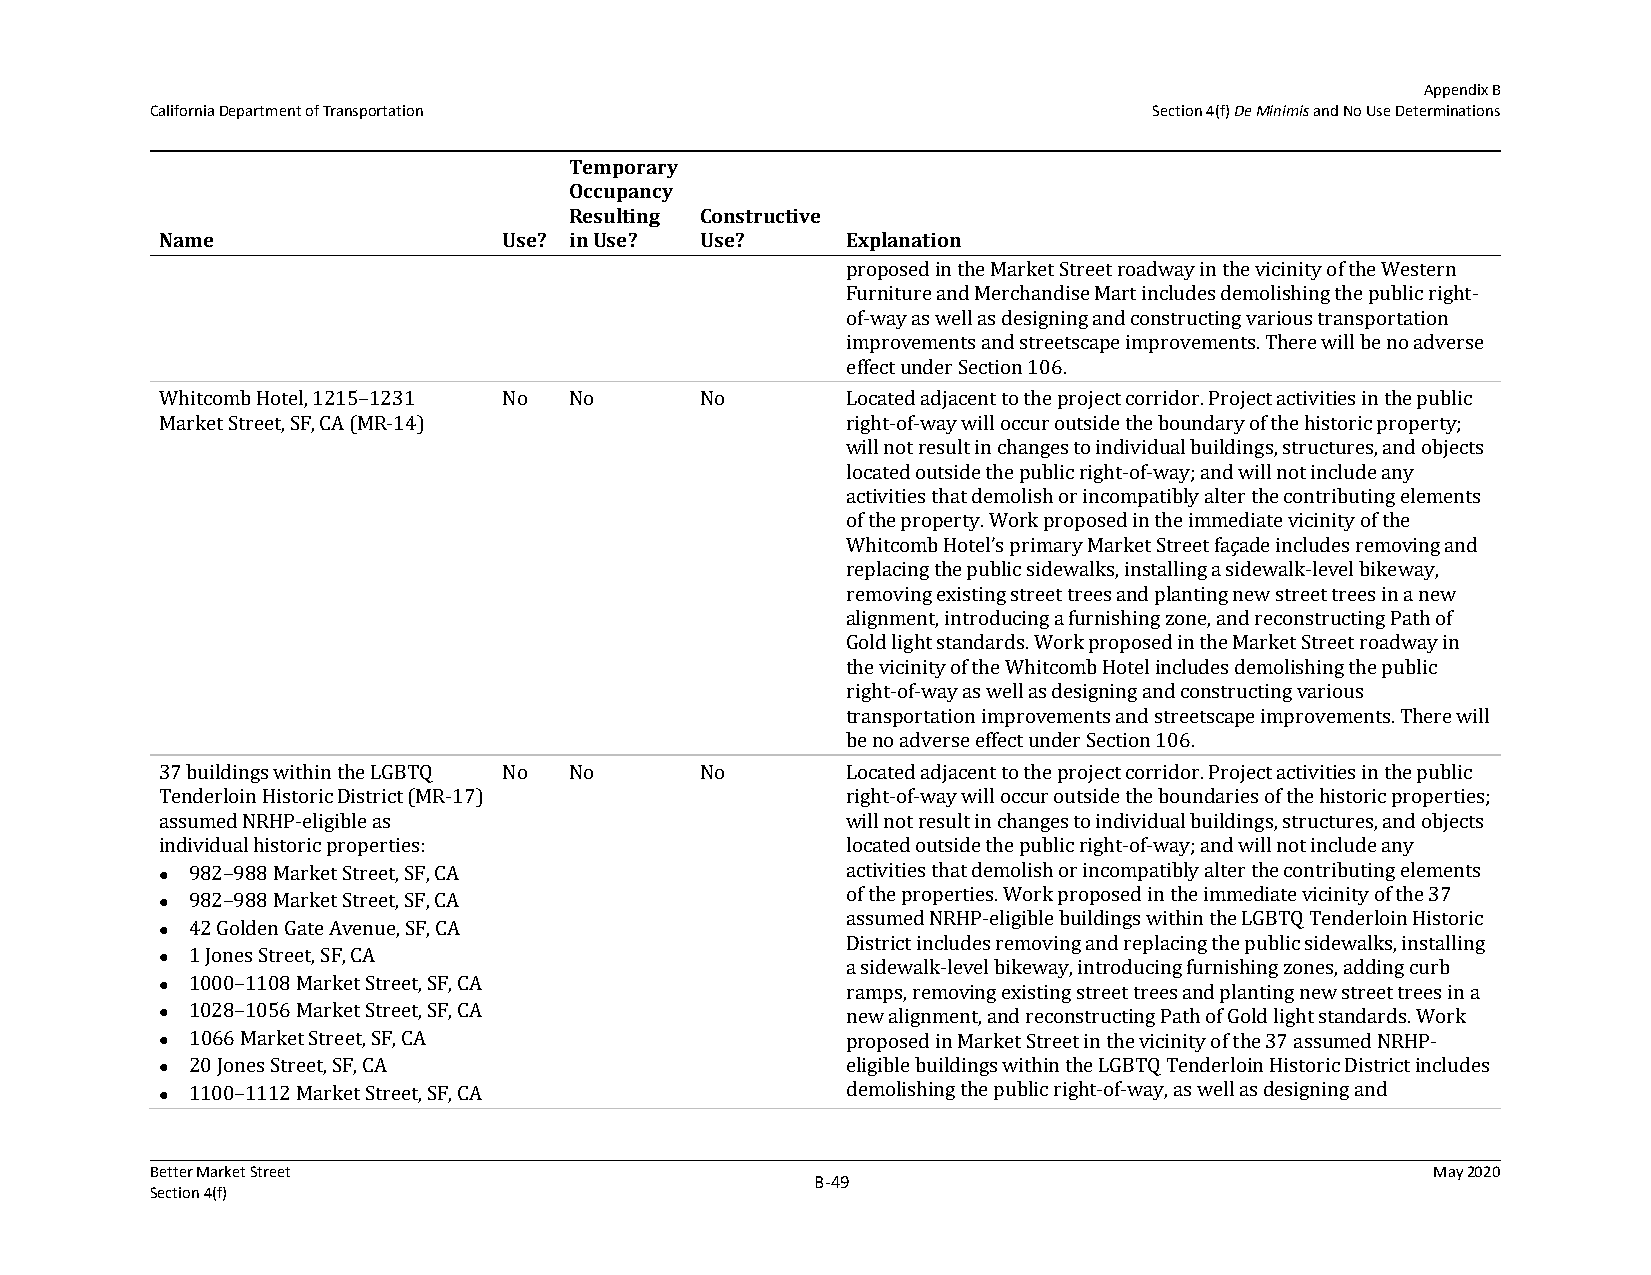
Appendix B
 California Department of Transportation                           Section 4(f) De Minimis and No Use Determinations
 Temporary
 Occupancy
 Resulting Constructive
 Name                  Use? in Use? Use?      Explanation
 proposed in the Market Street roadway in the vicinity of the Western
 Furniture and Merchandise Mart includes demolishing the public right-
 of-way as well as designing and constructing various transportation
 improvements and streetscape improvements. There will be no adverse
 effect under Section 106.
 Whitcomb Hotel, 1215–1231 No No    No        Located adjacent to the project corridor. Project activities in the public
 Market Street, SF, CA (MR-14)                right-of-way will occur outside the boundary of the historic property;
 will not result in changes to individual buildings, structures, and objects
 located outside the public right-of-way; and will not include any
 activities that demolish or incompatibly alter the contributing elements
 of the property. Work proposed in the immediate vicinity of the
 Whitcomb Hotel’s primary Market Street façade includes removing and
 replacing the public sidewalks, installing a sidewalk-level bikeway,
 removing existing street trees and planting new street trees in a new
 alignment, introducing a furnishing zone, and reconstructing Path of
 Gold light standards. Work proposed in the Market Street roadway in
 the vicinity of the Whitcomb Hotel includes demolishing the public
 right-of-way as well as designing and constructing various
 transportation improvements and streetscape improvements. There will
 be no adverse effect under Section 106.
 37 buildings within the LGBTQ No No No       Located adjacent to the project corridor. Project activities in the public
 Tenderloin Historic District (MR-17)         right-of-way will occur outside the boundaries of the historic properties;
 assumed NRHP-eligible as                     will not result in changes to individual buildings, structures, and objects
 individual historic properties:              located outside the public right-of-way; and will not include any
 982–988 Market Street, SF, CA              activities that demolish or incompatibly alter the contributing elements
 
 982–988 Market Street, SF, CA              of the properties. Work proposed in the immediate vicinity of the 37
 
 assumed NRHP-eligible buildings within the LGBTQ Tenderloin Historic
 42 Golden Gate Avenue, SF, CA
 
 District includes removing and replacing the public sidewalks, installing
 1 Jones Street, SF, CA
                                             a sidewalk-level bikeway, introducing furnishing zones, adding curb
 1000–1108 Market Street, SF, CA
                                             ramps, removing existing street trees and planting new street trees in a
  1028–1056 Market Street, SF, CA            new alignment, and reconstructing Path of Gold light standards. Work
  1066 Market Street, SF, CA                 proposed in Market Street in the vicinity of the 37 assumed NRHP-
 20 Jones Street, SF, CA                    eligible buildings within the LGBTQ Tenderloin Historic District includes
 
 1100–1112 Market Street, SF, CA            demolishing the public right-of-way, as well as designing and
 
 Better Market Street                                                                 May 2020
 B‐49
 Section 4(f)